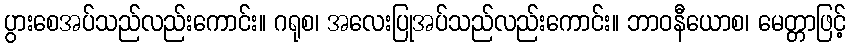
ပွားစေအပ်သည်လည်းကောင်း။ ဂရုစ၊ အလေးပြုအပ်သည်လည်းကောင်း။ ဘာဝနီယောစ၊ မေတ္တာဖြင့်